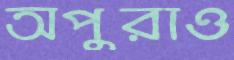
অপুরাও